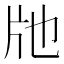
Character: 𤖪